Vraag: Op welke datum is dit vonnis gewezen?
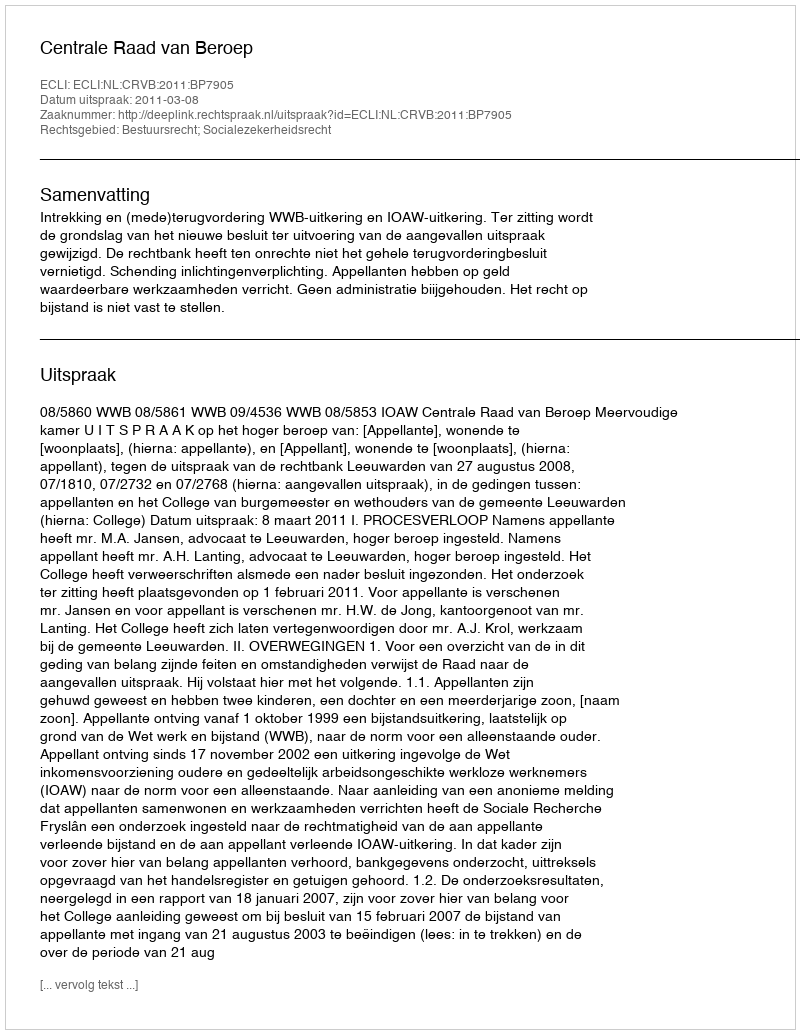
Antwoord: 2011-03-08